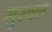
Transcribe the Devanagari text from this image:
सुरक्त